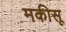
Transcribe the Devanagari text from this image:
मकीसू